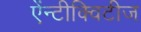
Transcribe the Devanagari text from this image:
ऐंन्टीक्विटीज